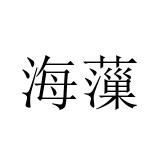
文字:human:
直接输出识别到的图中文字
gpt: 海薻